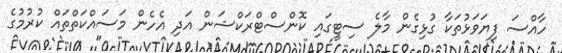
ހާއްސަ ފިޔަވަޅުތަކާ ގުޅިގެން މާލެ ސިޓީގައި ކޮންސްޓްރަކްޝަން އަދި އެހެން މަސައްކަތްތައް ކުރުމުގެ